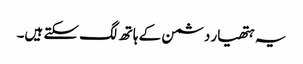
یہ ہتھیار دشمن کے ہاتھ لگ سکتے ہیں۔